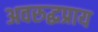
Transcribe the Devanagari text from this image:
अवरुद्धप्राय